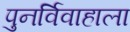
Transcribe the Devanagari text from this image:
पुनर्विवाहाला